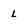
Character: l